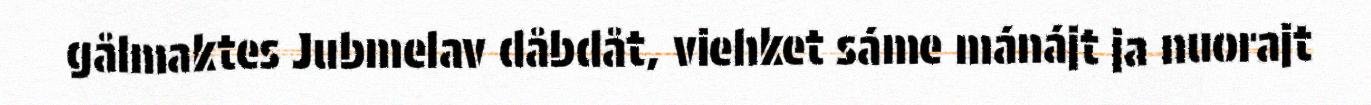
gålmaktes Jubmelav dåbdåt, viehket sáme mánájt ja nuorajt